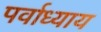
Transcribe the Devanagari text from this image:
पर्वाध्याय